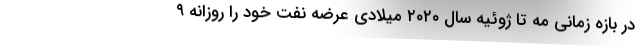
در بازه زمانی مه تا ژوئیه سال ۲۰۲۰ میلادی عرضه نفت خود را روزانه ۹